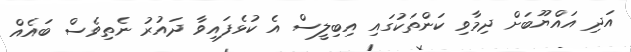
އަދި އައްޔޫބަށް ދިމާވި ކަންތަކުގައި އިބިލީސް އެ ކުޅެފައިވާ ދައުރު ނެތިވެސް ބައެއް